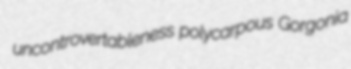
uncontrovertableness polycarpous Gorgonia